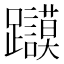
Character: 𲄔